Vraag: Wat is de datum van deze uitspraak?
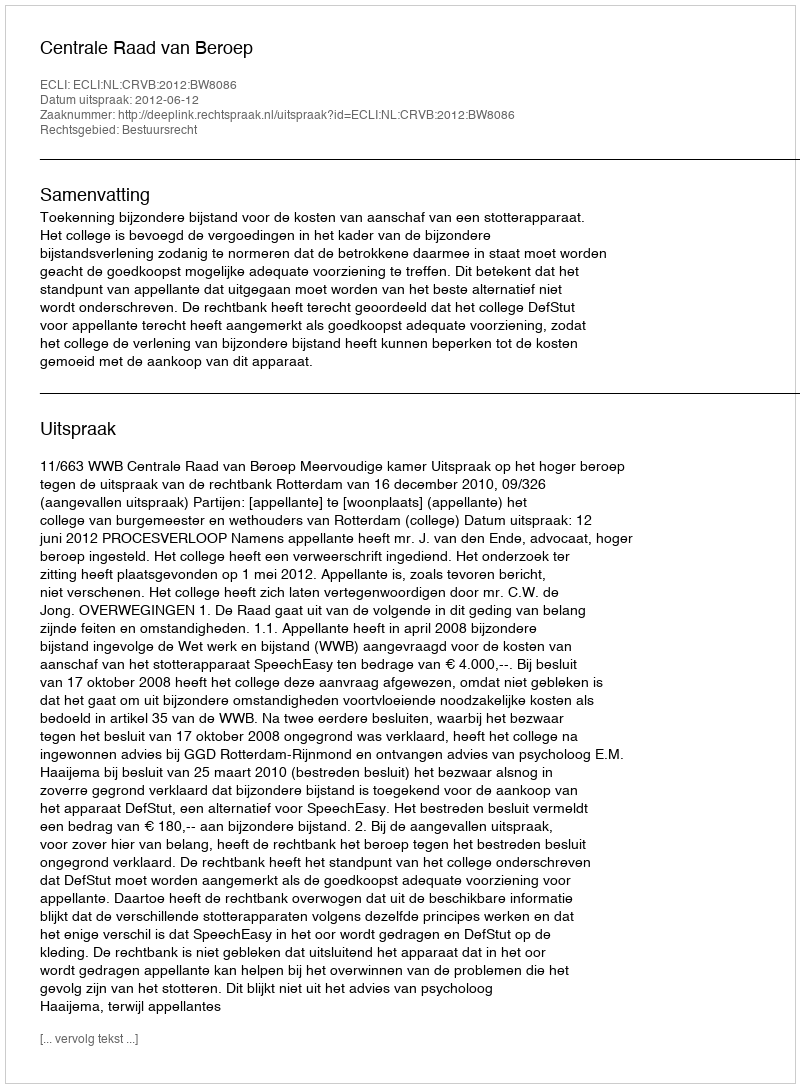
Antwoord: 2012-06-12